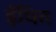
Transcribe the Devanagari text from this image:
ईंधित